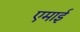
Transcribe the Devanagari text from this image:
एमाई